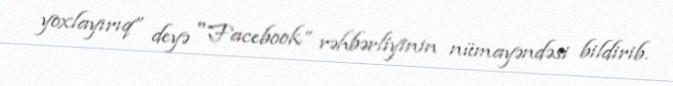
yoxlayırıq” deyə "Facebook” rəhbərliyinin nümayəndəsi bildirib.